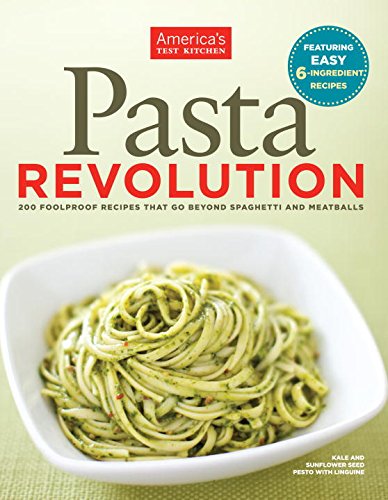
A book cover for Pasta Revolution; Cookbooks, Food & Wine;